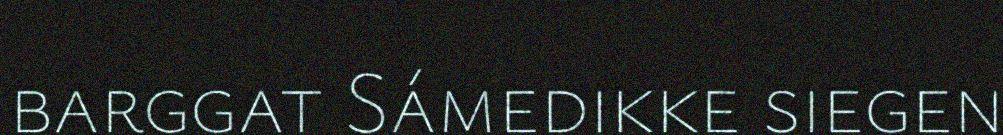
barggat Sámedikke siegen